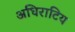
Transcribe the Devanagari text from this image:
अधिराटिय